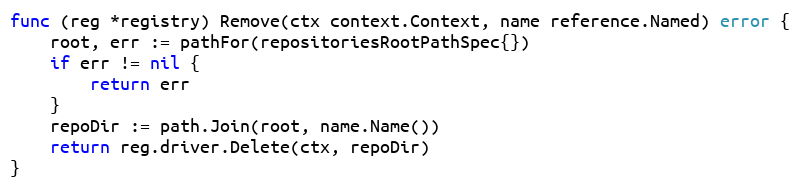
Language: Go
func (reg *registry) Remove(ctx context.Context, name reference.Named) error {
	root, err := pathFor(repositoriesRootPathSpec{})
	if err != nil {
		return err
	}
	repoDir := path.Join(root, name.Name())
	return reg.driver.Delete(ctx, repoDir)
}